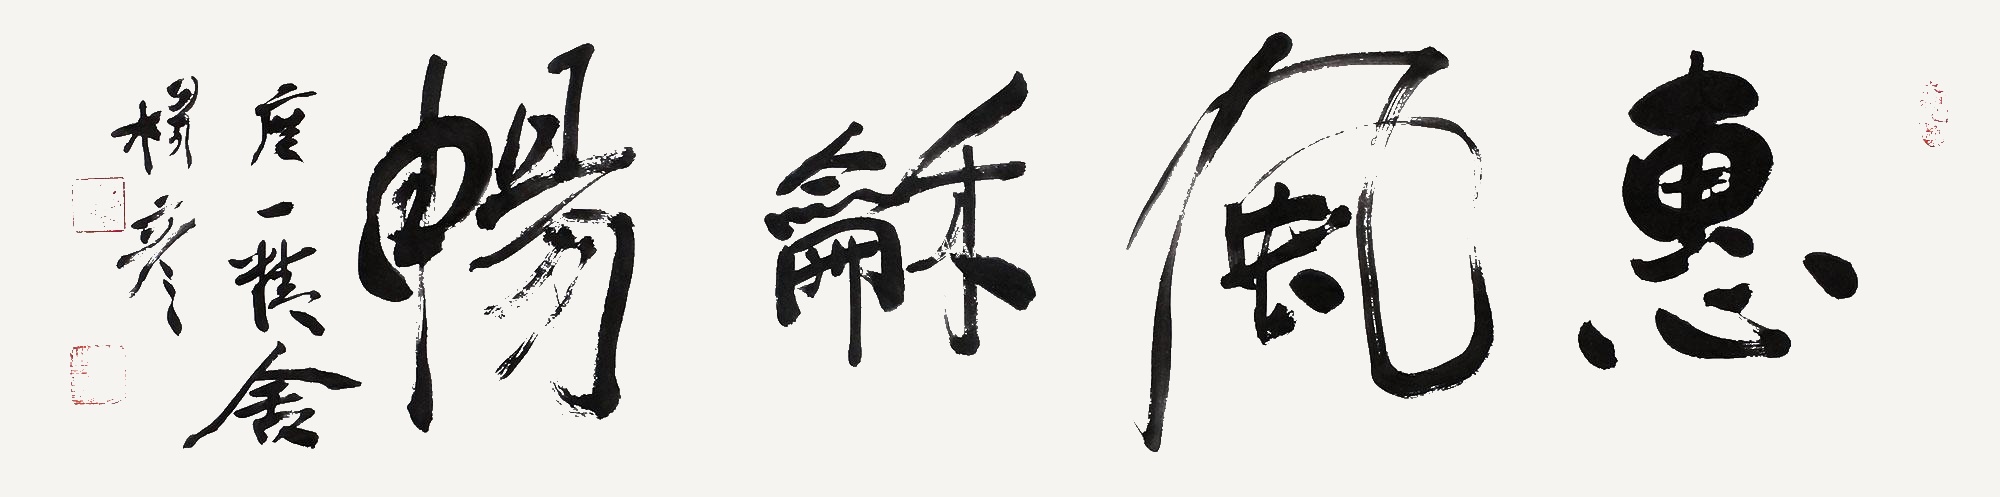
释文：惠风和畅度一精舍杨彦。